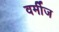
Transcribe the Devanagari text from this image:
वर्मीज